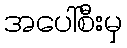
အပေါ်စီးမှ